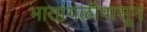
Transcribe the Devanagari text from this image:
भातांगळीपासून